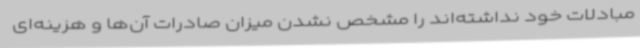
مبادلات خود نداشته‌اند را مشخص نشدن میزان صادرات آن‌ها و هزینه‌ای